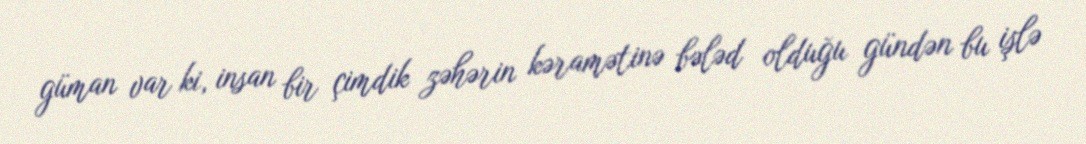
güman var ki, insan bir çimdik zəhərin kəramətinə bələd olduğu gündən bu işlə